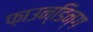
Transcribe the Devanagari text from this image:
फ़ाउन्डिन्ग